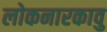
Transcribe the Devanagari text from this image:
लोकनारकावु